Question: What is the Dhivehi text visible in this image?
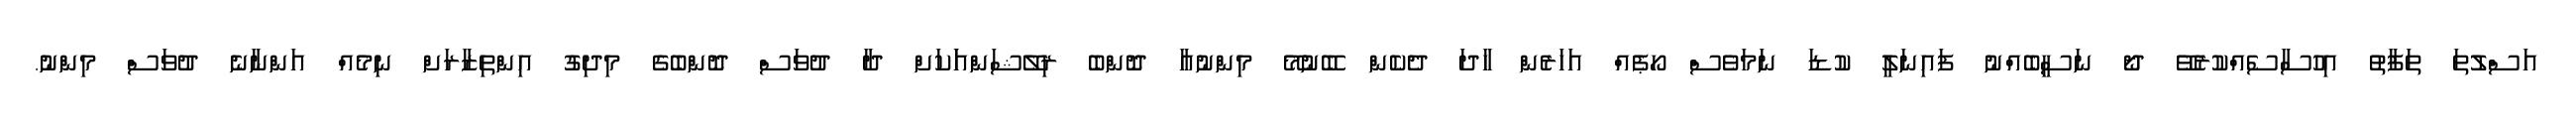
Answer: އަސްލުތަ ތަފާތު އިހުސާސެއްކުރެވޭ ދޯ ނަސީބެއްނު ފައިނަލީ ކުޑަ ނަމަވެސް ހޯޕެއް އަހަރެން ހާދަ ދެކެން ބޭނުމޭ މިންނުއާ ދޮންބެ ރިލޭޝަންއަަކަށް ދާ ދުވަސް ދޮންބެގެ މިދިގު އިންތިޒާރަށް ނިމެއް އަންނާނެ ދުވަސް މިންނު.